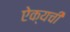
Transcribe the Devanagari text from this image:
ऐक्यची